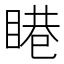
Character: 𥈩